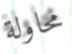
محاولة